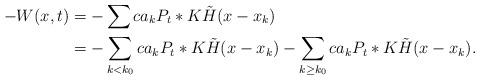
LaTeX: \begin{align*}-W(x,t) & = -\sum ca_k P_t \ast K\tilde{H}(x-x_k) \\& = -\sum_{k<k_0} ca_k P_t \ast K\tilde{H}(x-x_k) -\sum_{k \geq k_0} ca_k P_t \ast K\tilde{H}(x-x_k).\end{align*}